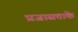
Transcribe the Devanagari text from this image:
प्रजासत्ताके